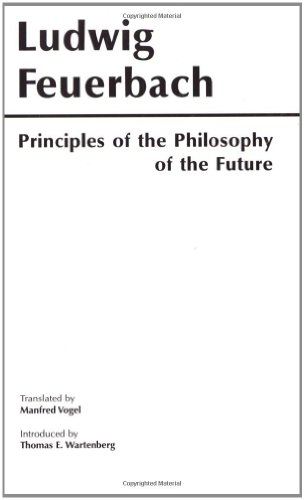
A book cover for Principles of the Philosophy of the Future (Hackett Classics); Ludwig Andreas Feuerbach; Politics & Social Sciences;